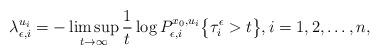
LaTeX: \begin{align*} \lambda_{\epsilon, i}^{u_i} = -\limsup_{t \rightarrow \infty} \frac{1}{t} \log P_{\epsilon,i}^{x_0,u_i}\bigl\{\tau_i^{\epsilon} > t \bigr\}, i=1,2, \ldots, n, \end{align*}